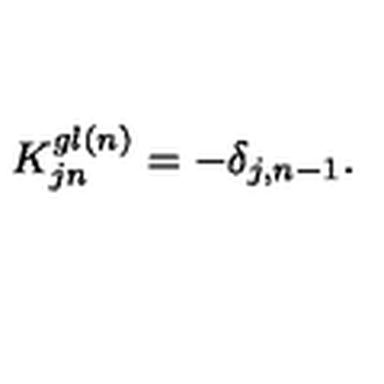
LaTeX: K _ { j n } ^ { g l ( n ) } = - \delta _ { j , n - 1 } .